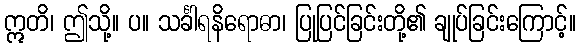
ဣတိ၊ ဤသို့။ ပ။ သင်္ခါရနိရောဓာ၊ ပြုပြင်ခြင်းတို့၏ ချုပ်ခြင်းကြောင့်။